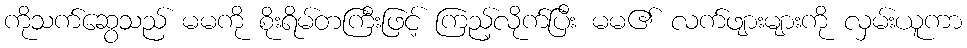
ကိုသက်ဆွေသည် မမကို စိုးရိမ်တကြီးဖြင့် ကြည့်လိုက်ပြီး မမ၏ လက်ဖျားများကို လှမ်းယူကာ